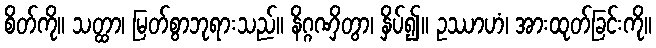
စိတ်ကို။ သတ္ထာ၊ မြတ်စွာဘုရားသည်။ နိဂ္ဂဏှိတွာ၊ နှိပ်၍။ ဥဿာဟံ၊ အားထုတ်ခြင်းကို။